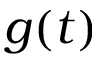
g ( t )